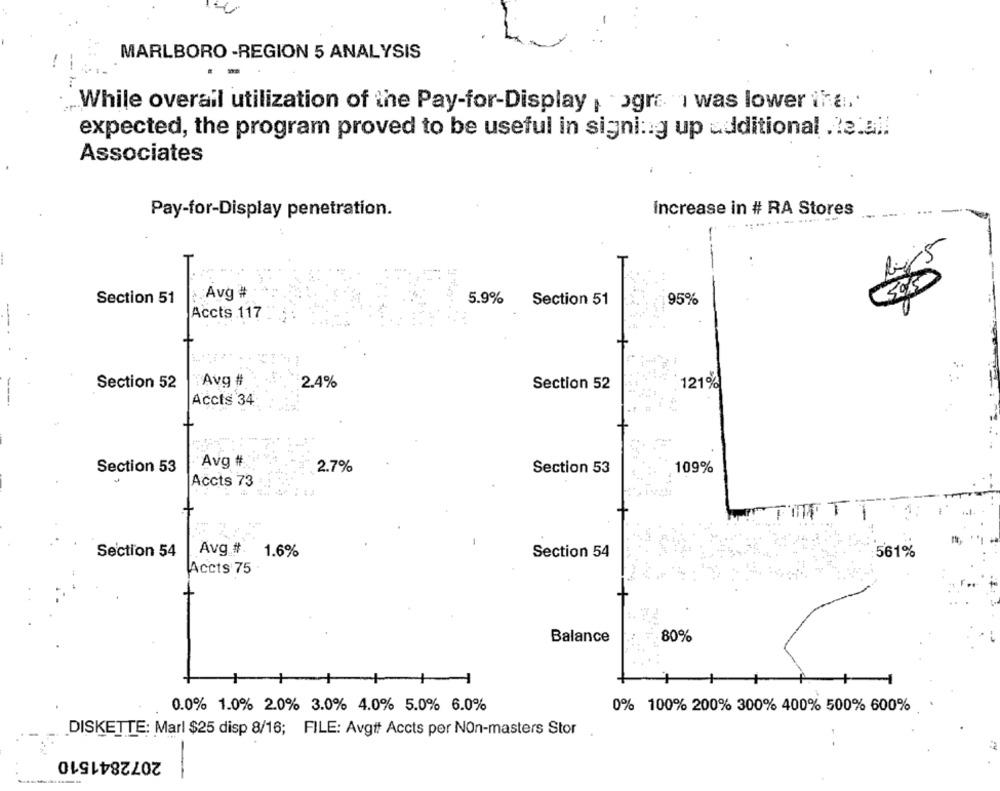
MARLBORO -REGION 5 ANALYSIS
While overall utilization of the Pay-for-Display , ogre I was lower ira,'
expected, the program proved to be useful in signing up additional .le.al.
Associates
Pay-for-Display penetration.
Increase in # RA Stores
----
3015
Section 51
Avg #
5.9%
Section 51
95%
Accts 117 ;:
Section 52
Avg #
2.4%
Section 52
121%
Accts 34
Avg #
2.7%
109%
Section 53
Section 53
Accts 73 :
TOFT
Section 54
Avg # 1.6%
Section 54
561%
Accts 75
Balance
- 80%
1
0.0% 1.0% 2.0% 3.0% 4.0% 5.0% 6.0%
0% 100% 200% 300% 400% 500% 600%
DISKETTE: Marl $25 disp 8/16; FILE: Avgif Accts per Non-masters Stor
2072841510
-